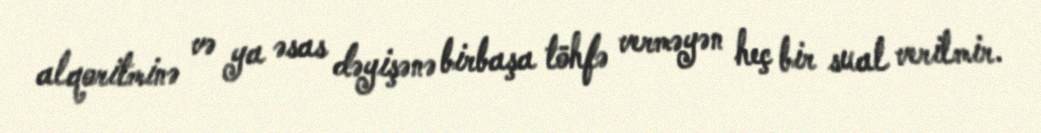
alqoritminə və ya əsas dəyişənə birbaşa töhfə verməyən heç bir sual verilmir.